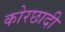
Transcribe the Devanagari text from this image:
कोरछादी